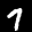
Label: 7